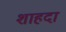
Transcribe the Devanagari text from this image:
शाहदा